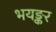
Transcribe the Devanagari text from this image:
भयङ्कर